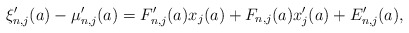
\begin{align*}\xi'_{n,j}(a)-\mu'_{n,j}(a)=F'_{n,j}(a)x_{j}(a)+F_{n,j}(a)x'_{j}(a)+E'_{n,j}(a),\end{align*}